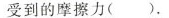
受到的摩擦力( )。